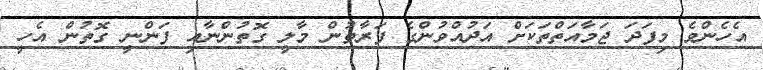
އެހެންވެ މިފަދަ ޖަމާއަތްތަކަށް އަދުއްވުންގެ ފަރާތުން މާލީ ގޮތުންނާއި ފަންނީ ގޮތުން އެހީ